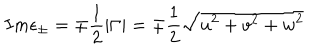
LaTeX: I m \epsilon _ { \pm } = \mp \frac 1 2 \left| \Gamma \right| = \mp \frac 1 2 \sqrt { u ^ { 2 } + v ^ { 2 } + w ^ { 2 } }